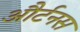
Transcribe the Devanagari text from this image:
और्टनस